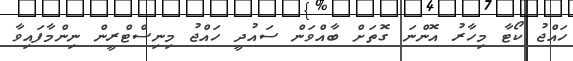
ހައްޖު ކޯޓާ މިހާރު އޮންނަ ގޮތަށް ބާއްވަން ސައުދީ ހައްޖު މިނިސްޓްރީން ނިންމާފައިވާ